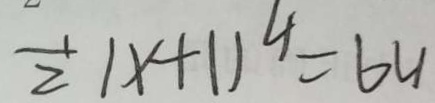
\frac { 1 } { 2 } \vert x + 1 \vert ^ { 4 } = 6 4